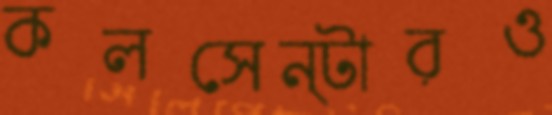
কলসেন্টারও